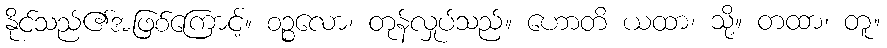
နိုင်သည်၏အဖြစ်ကြောင့်။ စဉ္စလော၊ တုန်လှုပ်သည်။ ဟောတိ ယထာ၊ သို့။ တထာ၊ တူ။